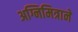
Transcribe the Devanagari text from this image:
अग्निमित्राने